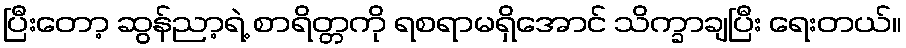
ပြီးတော့ ဆွန်ညာ့ရဲ့ စာရိတ္တကို ရစရာမရှိအောင် သိက္ခာချပြီး ရေးတယ်။